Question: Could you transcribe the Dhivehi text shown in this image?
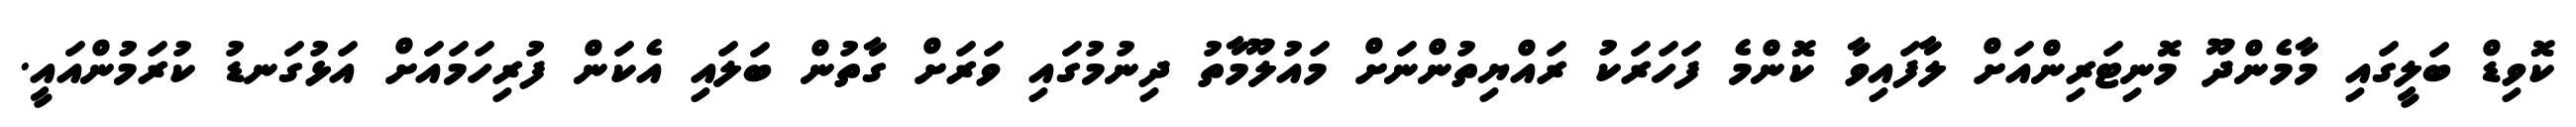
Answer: ކޮވިޑް ބަލީގައި މާމެންދޫ މޮނިޓަރިންއަށް ލާފައިވާ ކޮންމެ ފަހަރަކު ރައްޔިތުންނަށް މައުލޫމާތު ދިނުމުގައި ވަރަށް ގާތުން ބަލައި އެކަން ފުރިހަމައަށް އަޅުގަނޑު ކުރަމުންއައީ.